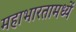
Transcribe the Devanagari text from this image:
महाभारतामध्यें